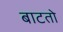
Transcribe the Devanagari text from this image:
बाटतो